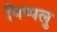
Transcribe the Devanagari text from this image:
पिप्पलु